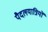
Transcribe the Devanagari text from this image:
पैदलयात्रियों